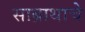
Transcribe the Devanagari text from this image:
साब्राथाचे